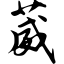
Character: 葳